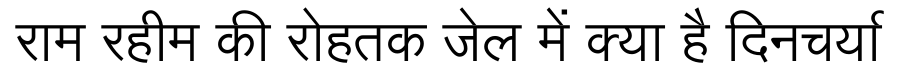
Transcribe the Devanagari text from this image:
राम रहीम की रोहतक जेल में क्या है दिनचर्या